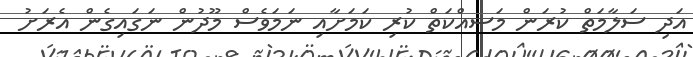
އަދި ސަލާމަތް ކުރަން މަސއްކަތް ކުރި ކަމަށާއި ނަމަވެސް މޫދުން ނަގައިގެން އެރަށު